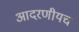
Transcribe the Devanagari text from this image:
आदरणीयच